Indian journal of veterinary science and animal husbandry - Volumes 15-17, 1948-1951
Year: 1948
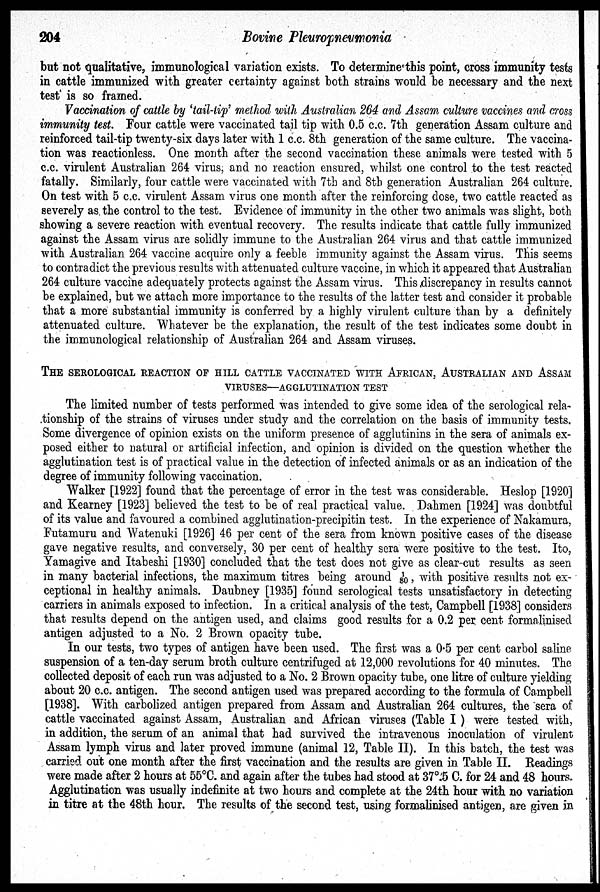
204
Bovine Pleuropneumonia
but not qualitative, immunological variation exists. To determine this point, cross immunity tests
in cattle immunized with greater certainty against both strains would be necessary and the next
test is so framed.
Vaccination of cattle by 'tail-tip' method with Australian 264 and Assam culture vaccines and cross
immunity test. Four cattle were vaccinated tail tip with 0.5 c.c. 7th generation Assam culture and
reinforced tail-tip twenty-six days later with 1 c.c. 8th generation of the same culture. The vaccina-
tion was reactionless. One month after the second vaccination these animals were tested with 5
c.c. virulent Australian 264 virus, and no reaction ensured, whilst one control to the test reacted
fatally. Similarly, four cattle were vaccinated with 7th and 8th generation Australian 264 culture.
On test with 5 c.c. virulent Assam virus one month after the reinforcing dose, two cattle reacted as
severely as the control to the test. Evidence of immunity in the other two animals was slight, both
showing a severe reaction with eventual recovery. The results indicate that cattle fully immunized
against the Assam virus are solidly immune to the Australian 264 virus and that cattle immunized
with Australian 264 vaccine acquire only a feeble immunity against the Assam virus. This seems
to contradict the previous results with attenuated culture vaccine, in which it appeared that Australian
264 culture vaccine adequately protects against the Assam virus. This discrepancy in results cannot
be explained, but we attach more importance to the results of the latter test and consider it probable
that a more substantial immunity is conferred by a highly virulent culture than by a definitely
attenuated culture. Whatever be the explanation, the result of the test indicates some doubt in
the immunological relationship of Australian 264 and Assam viruses.
THE SEROLOGICAL REACTION OF HILL CATTLE VACCINATED WITH AFRICAN, AUSTRAL
VIRUSES-AGGLUTINATION TEST
The limited number of tests performed was intended to give some idea of the serological rela-
tionship of the strains of viruses under study and the correlation on the basis of immunity tests.
Some divergence of opinion exists on the uniform presence of agglutinins in the sera of animals ex-
posed either to natural or artificial infection, and opinion is divided on the question whether the
agglutination test is of practical value in the detection of infected animals or as an indication of the
degree of immunity following vaccination.
Walker [1922] found that the percentage of error in the test was considerable. Heslop [1920]
and Kearney [1923] believed the test to be of real practical value. Dahmen [1924] was doubtful
of its value and favoured a combined agglutination-precipitin test. In the experience of Nakamura,
Futamuru and Watenuki [1926] 46 per cent of the sera from known positive cases of the disease
gave negative results, and conversely, 30 per cent of healthy sera were positive to the test. Ito,
Yamagive and Itabeshi [1930] concluded that the test does not give as clear-cut results as seen
in many bacterial infections, the maximum titres being around 1/80 with positive results not ex-
ceptional in healthy animals. Daubney [1935] found serological tests unsatisfactory in detecting
carriers in animals exposed to infection. In a critical analysis of the test, Campbell [1938] considers
that results depend on the antigen used, and claims good results for a 0.2 per cent formalinised
antigen adjusted to a No. 2 Brown opacity tube.
In our tests, two types of antigen have been used. The first was a 0.5 per cent carbol saline
suspension of a ten-day serum broth culture centrifuged at 12,000 revolutions for 40 minutes. The
collected deposit of each run was adjusted to a No. 2 Brown opacity tube, one litre of culture yielding
about 20 c.c. antigen. The second antigen used was prepared according to the formula of Campbell
[1938]. With carbolized antigen prepared from Assam and Australian 264 cultures, the sera of
cattle vaccinated against Assam, Australian and African viruses (Table I ) were tested with,
in addition, the serum of an animal that had survived the intravenous inoculation of virulent
Assam lymph virus and later proved immune (animal 12, Table II). In this batch, the test was
carried out one month after the first vaccination and the results are given in Table II. Readings
were made after 2 hours at 55ºC. and again after the tubes had stood at 37º.5 C. for 24 and 48 hours.
Agglutination was usually indefinite at two hours and complete at the 24th hour with no variation
in titre at the 48th hour. The results of the second test, using formalinised antigen, are given in